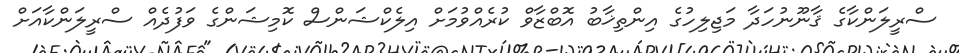
ސްރީލަންކާގެ ޤާނޫނުހަދާ މަޖިލިހުގެ އިންތިޚާބު އޮބްޒާވް ކުރެއްވުމަށް އިލެކްޝަންސް ކޮމިޝަންގެ ވަފުދެއް ސްރީލަންކާއަށް